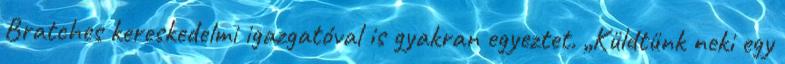
Bratches kereskedelmi igazgatóval is gyakran egyeztet. „Küldtünk neki egy